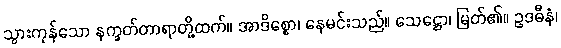
သွားကုန်သော နက္ခတ်တာရာတို့ထက်။ အာဒိစ္စော၊ နေမင်းသည်။ သေဋ္ဌော၊ မြတ်၏။ ဥဒဓီနံ၊